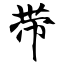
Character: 带